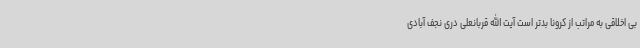
بی اخلاقی به مراتب از کرونا بدتر است آیت الله قربانعلی دری نجف آبادی